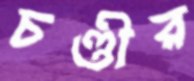
চণ্ডীর